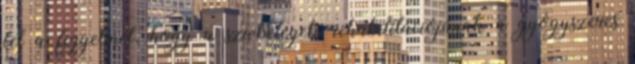
fel a figyelmet, hogy a szívbetegek rehabilitációjának a gyógyszeres